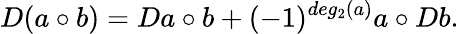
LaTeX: D(a\circ b)=Da\circ b+(-1)^{deg_{2}(a)}a\circ Db.